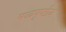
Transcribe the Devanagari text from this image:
मध्यपृष्ठीय